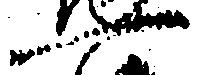
一